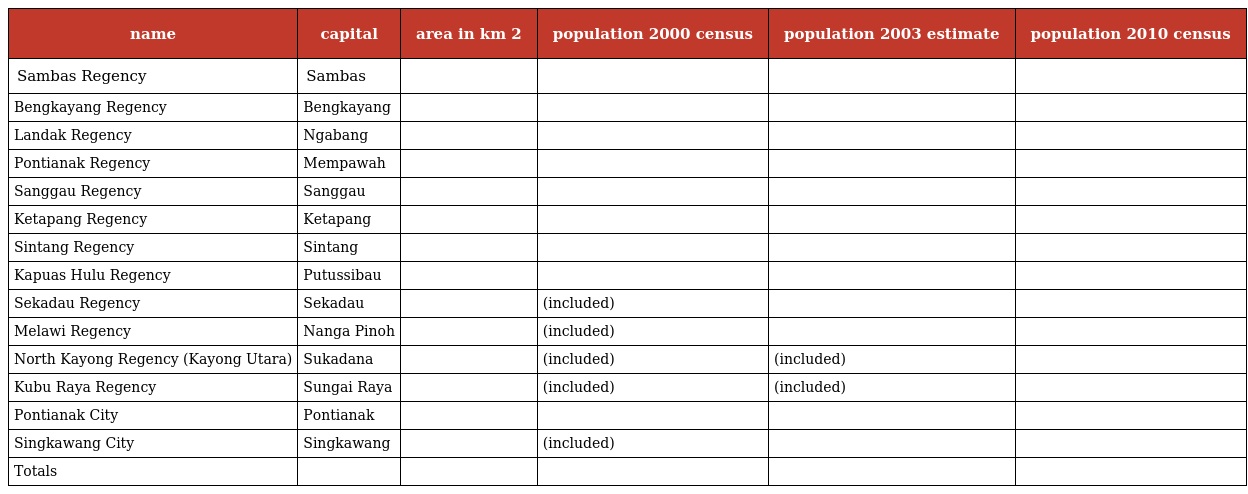
| name | capital | area in km 2 | population 2000 census | population 2003 estimate | population 2010 census |
 | --- | --- | --- | --- | --- | --- |
 | Sambas Regency | Sambas |  |  |  |  |
 | Bengkayang Regency | Bengkayang |  |  |  |  |
 | Landak Regency | Ngabang |  |  |  |  |
 | Pontianak Regency | Mempawah |  |  |  |  |
 | Sanggau Regency | Sanggau |  |  |  |  |
 | Ketapang Regency | Ketapang |  |  |  |  |
 | Sintang Regency | Sintang |  |  |  |  |
 | Kapuas Hulu Regency | Putussibau |  |  |  |  |
 | Sekadau Regency | Sekadau |  | (included) |  |  |
 | Melawi Regency | Nanga Pinoh |  | (included) |  |  |
 | North Kayong Regency (Kayong Utara) | Sukadana |  | (included) | (included) |  |
 | Kubu Raya Regency | Sungai Raya |  | (included) | (included) |  |
 | Pontianak City | Pontianak |  |  |  |  |
 | Singkawang City | Singkawang |  | (included) |  |  |
 | Totals |  |  |  |  |  |